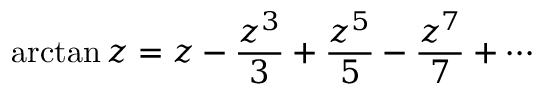
\arctan z = z - { \frac { z ^ { 3 } } { 3 } } + { \frac { z ^ { 5 } } { 5 } } - { \frac { z ^ { 7 } } { 7 } } + \cdots